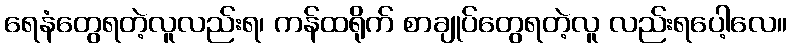
ရေနံတွေရတဲ့လူလည်းရ၊ ကန်ထရိုက် စာချုပ်တွေရတဲ့လူ လည်းရပေါ့လေ။